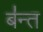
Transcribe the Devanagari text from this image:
ब॑न्त